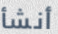
أنشأ